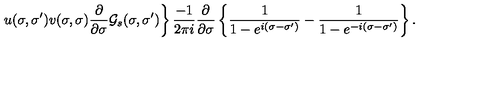
\left. u ( \sigma , \sigma ^ { \prime } ) v ( \sigma , \sigma ) \frac { \partial } { \partial \sigma } { \cal G } _ { s } ( \sigma , \sigma ^ { \prime } ) \right\} \frac { - 1 } { 2 \pi i } \frac { \partial } { \partial \sigma } \left\{ \frac 1 { 1 - e ^ { i ( \sigma - \sigma ^ { \prime } ) } } - \frac 1 { 1 - e ^ { - i ( \sigma - \sigma ^ { \prime } ) } } \right\} .